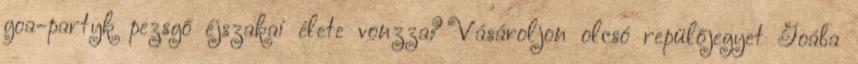
goa-partyk pezsgő éjszakai élete vonzza? Vásároljon olcsó repülőjegyet Goába